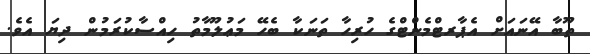
ތޫބާ އޭނައަށް އެޕާރޓްމެންޓްގެ ހުރިހާ ތަނަކާ ބެހޭ މަޢުލޫމާތު ހިއްސާކުރަމުން ދިޔަ އެވެ.